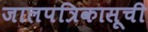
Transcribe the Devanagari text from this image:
जालपत्रिकासूची